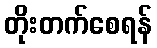
တိုးတက်စေရန်